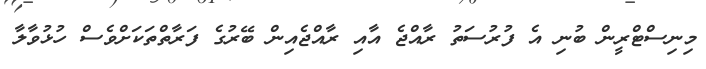
މިނިސްޓްރީން ބުނި އެ ފުރުސަތު ރާއްޖެ އާއި ރާއްޖެއިން ބޭރުގެ ފަރާތްތަކަށްވެސް ހުޅުވާލާ